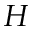
H